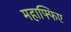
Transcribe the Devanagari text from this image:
महाफ्फिए